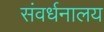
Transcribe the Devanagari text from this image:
संवर्धनालय